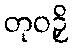
တုဝဉှိ